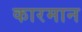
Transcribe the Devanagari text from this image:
कारमान